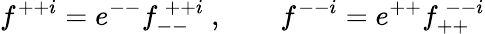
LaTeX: f^{++i}=e^{--}f_{--}^{~++i}~,\qquad f^{--i}=e^{++}f_{++}^{~--i}